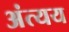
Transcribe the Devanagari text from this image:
अंत्यय